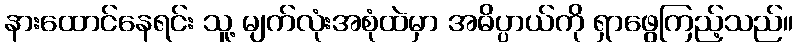
နားထောင်နေရင်း သူ့ မျက်လုံးအစုံထဲမှာ အဓိပ္ပာယ်ကို ရှာဖွေကြည့်သည်။